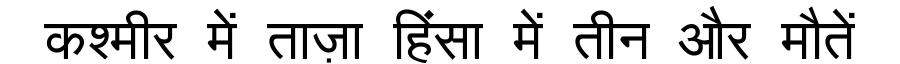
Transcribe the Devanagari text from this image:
कश्मीर में ताज़ा हिंसा में तीन और मौतें